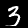
Digit: 3